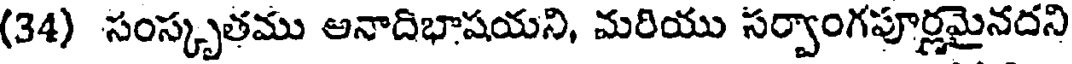
(34) సంస్కృతము అనాదిభాషయని, మరియు సర్వాంగపూర్ణమైనదని